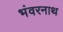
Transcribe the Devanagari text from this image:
भंवरनाथ